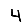
Digit: 4